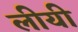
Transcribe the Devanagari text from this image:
लीयी